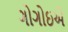
ગોગોઇએ